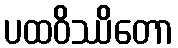
ပထဝိဿိတော